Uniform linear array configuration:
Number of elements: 12
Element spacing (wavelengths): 0.75
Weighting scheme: kaiser
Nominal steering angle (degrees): -60
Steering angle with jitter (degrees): -59.313
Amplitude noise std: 0.05
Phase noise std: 0.05

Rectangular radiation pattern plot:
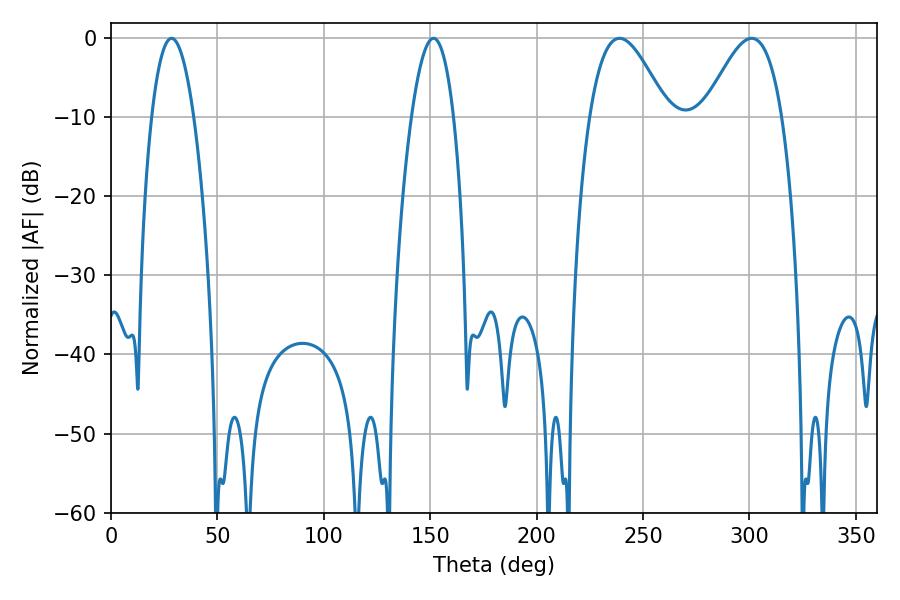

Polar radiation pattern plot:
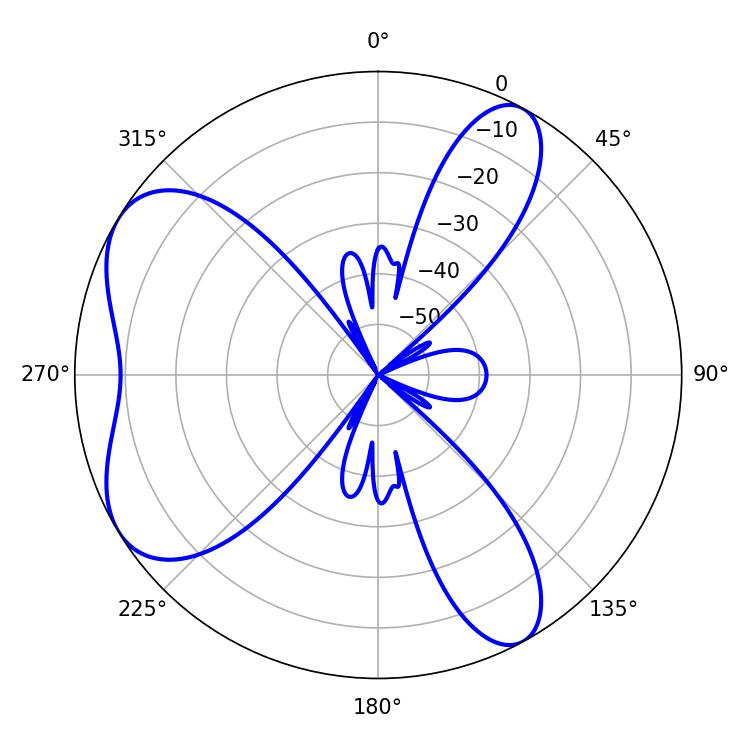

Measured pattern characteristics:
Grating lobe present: TRUE
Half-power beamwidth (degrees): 10.8
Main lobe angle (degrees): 28.44